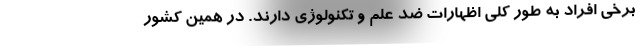
برخی افراد به طور کلی اظهارات ضد علم و تکنولوژی دارند. در همین کشور